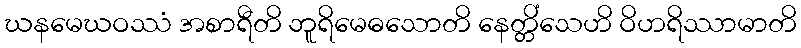
ဃနမေဃဝဿံ အစာရီတိ ဘူရိမေဓသောတိ နေတ္တိံသေဟိ ဝိဟရိဿာမာတိ